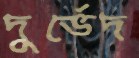
দুর্ভেদ